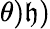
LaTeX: \theta)\mathfrak{h})